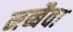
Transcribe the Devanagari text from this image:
नब्बैवा